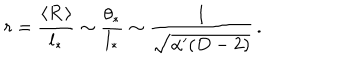
r = \frac { \langle R \, \rangle } { l _ { * } } \sim \frac { \theta _ { * } } { l _ { * } } \sim \frac { 1 } { \sqrt { \alpha ^ { \prime } ( D - 2 ) } } \, .